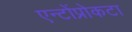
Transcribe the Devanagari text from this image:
एन्टोंप्रोकटा